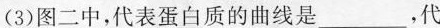
(3)图二中，代表蛋白质的曲线是___，代